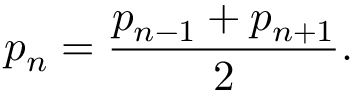
p _ { n } = { \frac { p _ { n - 1 } + p _ { n + 1 } } { 2 } } .